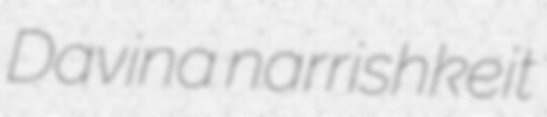
Davina narrishkeit